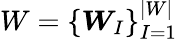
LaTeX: W=\left\{ \boldsymbol{W}_{I}\right\} _{I=1}^{|W|}